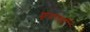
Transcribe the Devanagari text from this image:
शूद्रवर्णी